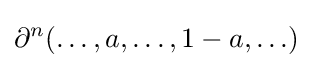
\partial ^{n}(\ldots ,a,\ldots ,1-a,\ldots )